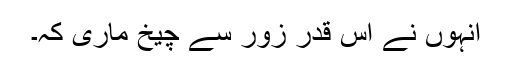
انہوں نے اس قدر زور سے چیخ ماری کہ۔